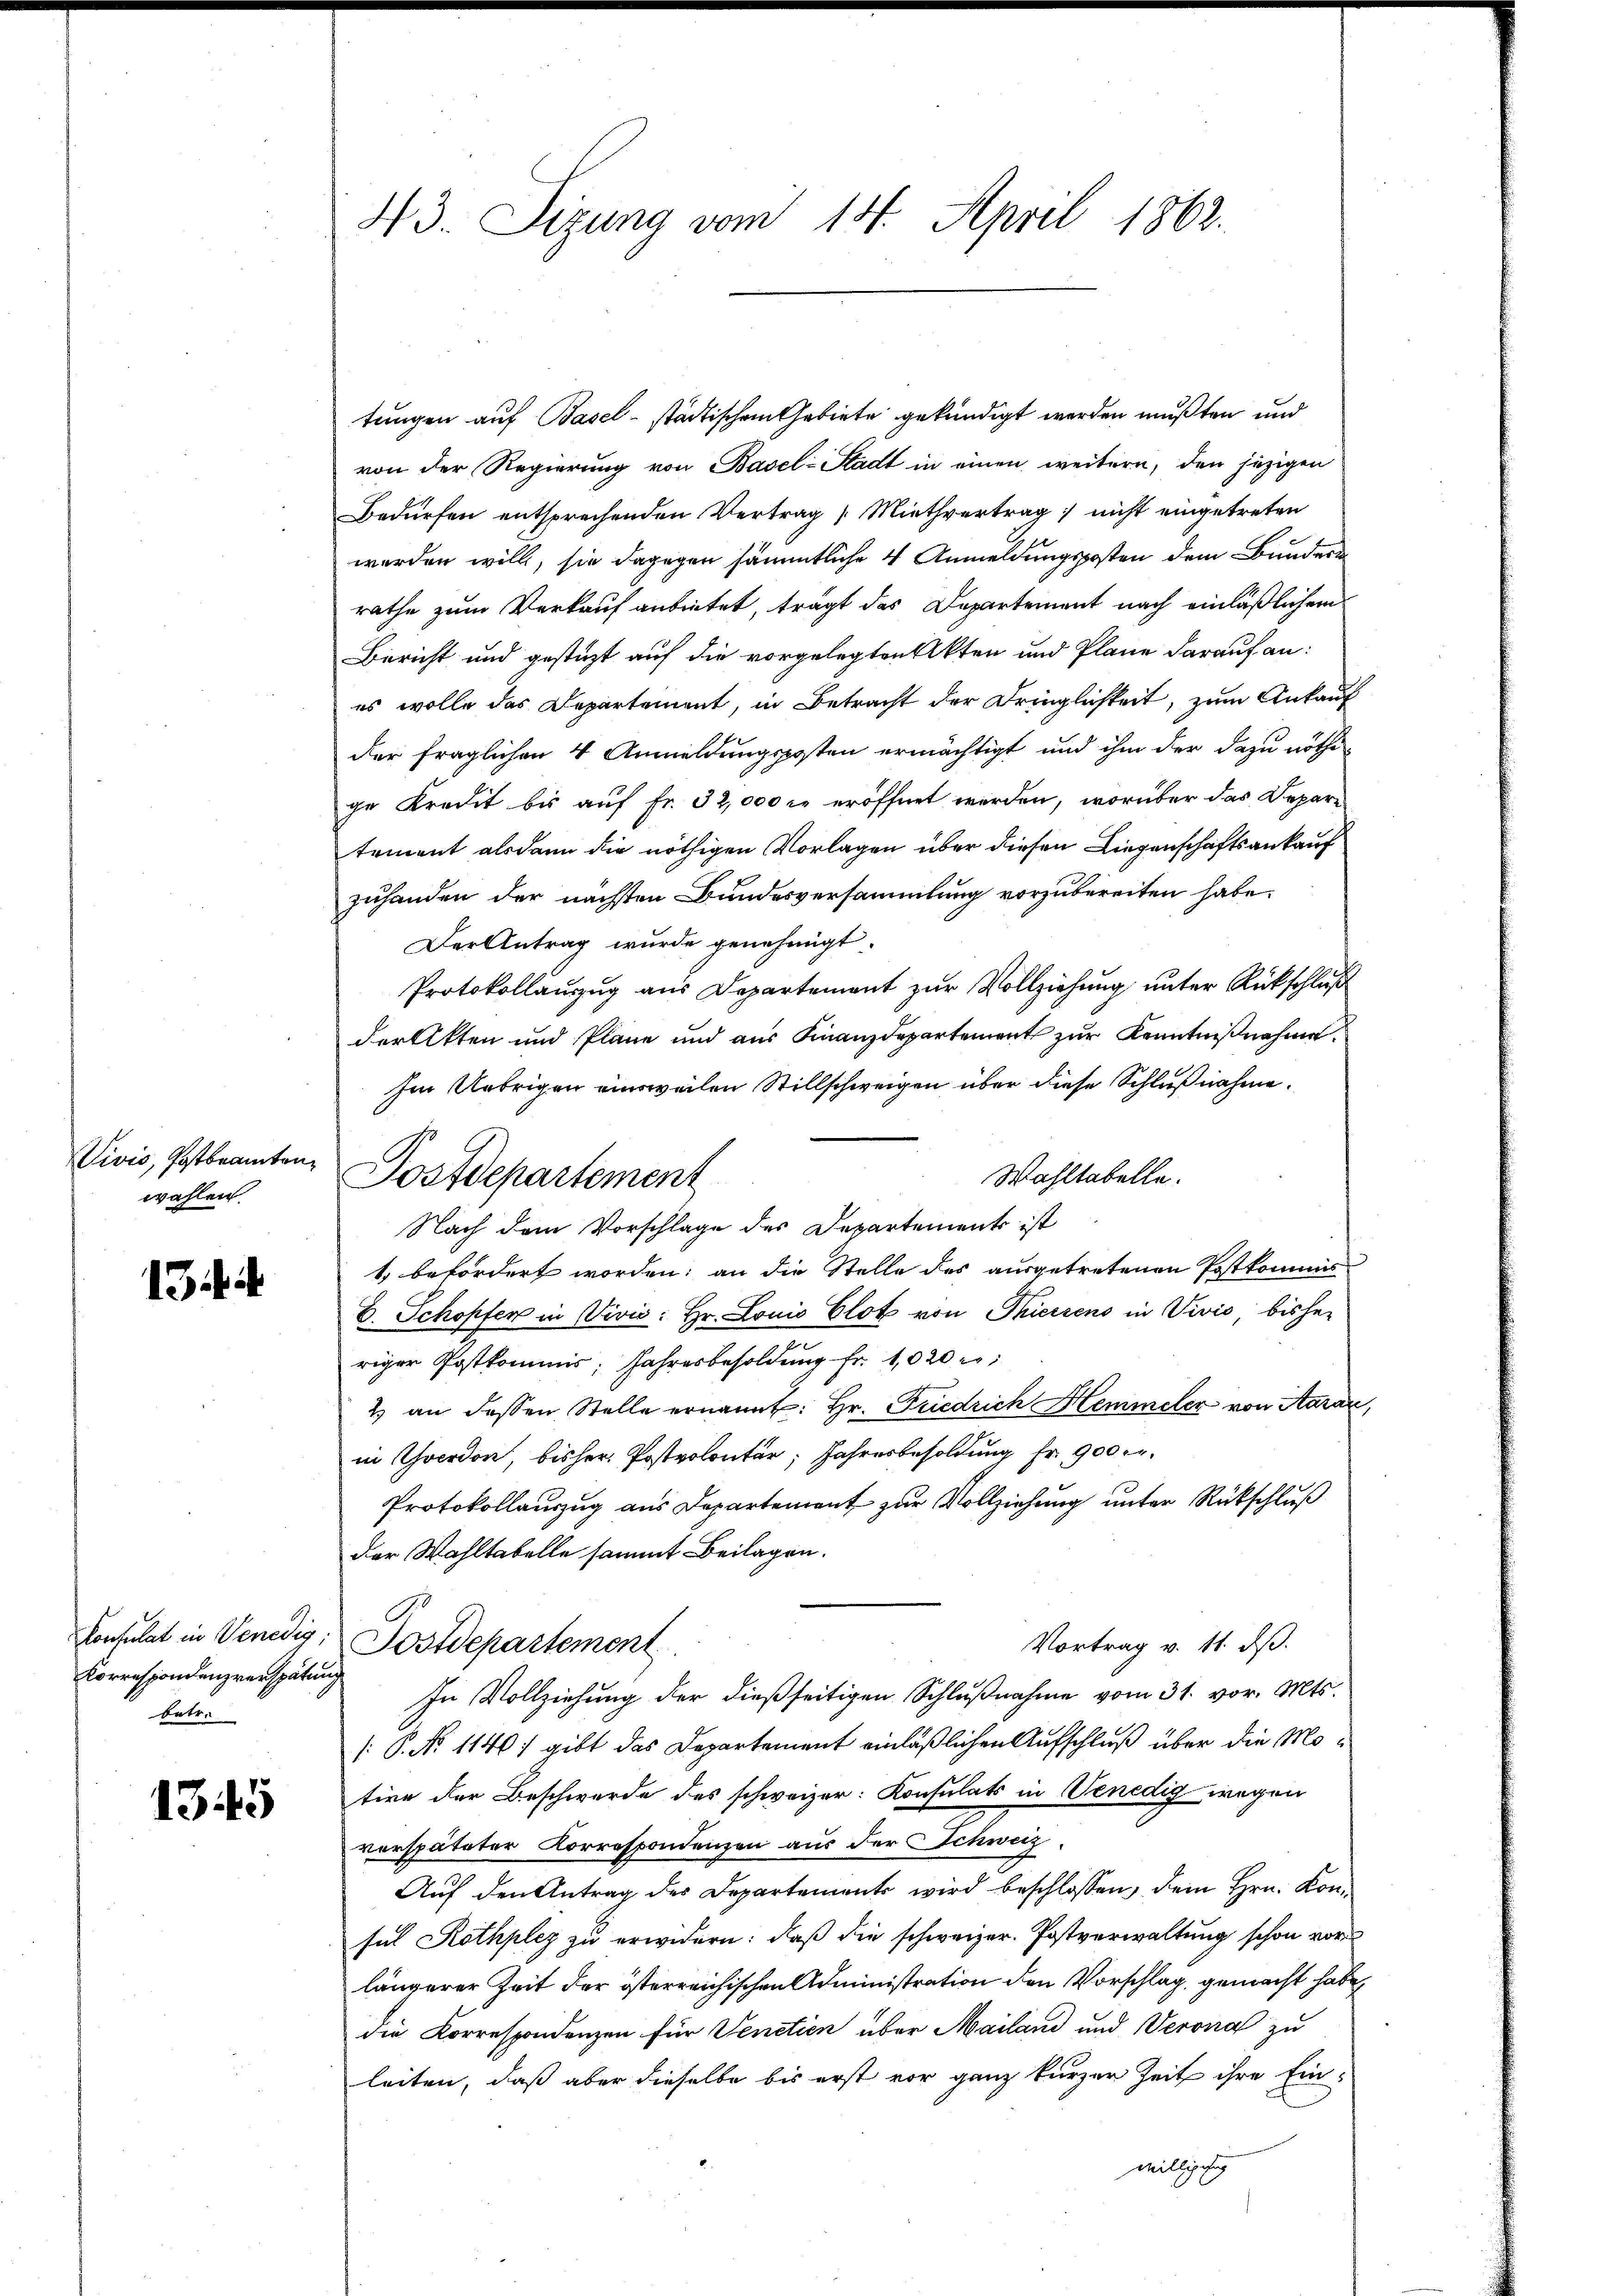
Vivis, Postbeamten
wahlen.

13

Korrespondenzverspätung
betre

1345

tungen auf Basel städtischen Gebiete gekündigt werden mußten und
von der Regierung von Basel-Stadt in einen weitern, den jezigen
Bedürfen entsprechenden Vertrag Miethvertrag nicht eingetreten
werden will, sie dagegen sämmtliche 4 Anmeldungsposten dem Bundern
rathe zum Verkauf anbietet, trägt das Departement nach einläßlichem
Bericht und gestüzt auf die vorgelegten Akten und Plane darauf an:
es wolle das Departement, in Betracht der Dringlichkeit, zum Ankauf
der fraglichen 4 Anmeldungsposten ermächtigt und ihm der dazu nöthi-
ge Kredit bis auf Fr. 32,000 l. eröffnet werden, worüber das Depare
tement alsdann die nöthigen Vorlagen über diesen Liegenschaftsankauf
zuhanden der nächsten Bundesversammlung vorzubereiten habe.
Der Antrag wurde genehmigt.
Protokollauszug aus Departement zur Vollziehung unter Rückschluß
derlitten und Pläne und aus Finanzdepartement zur Kenntnißnahme.
Im Uebrigen einsweilen Stillschweigen über diese Schlußnahme.
Wahltabelle.
Nach dem Vorschlage des Departements ist
t befördert worden; an die Stelle des ausgetretenen Postkommis
E. Schopfer in Vivić: Hr. Louis Elot von Thiersens in Vivio, bisher
riger Postkommis Jahresbesoldung fr. 1020 re
2 an dessen Stelle ernannt: Hr. Fiedrich Hemmeler von Aarau,
in Yverdon, bisher Postvolontär, Jahresbesoldung Fr. 900 Fr.
Protokollauszug aus Departement zur Vollziehung unter Rückschluß
der Wahltabelle sammt Beilagen.
Bonsulat in Venedig, Postdepartement
Vortrag v. 11. ds.
In Vollziehung der dießseitigen Schlußnahme vom 31. vor. Mts.
[: P. No 1140) gibt das Departement einläßlichen Aufschluß über die Motire der Beschwerde des schweizer: Konsulats in Venedig wegen
verspäteter Korrespondenzen aus der Schweiz
Auf den Antrag des Departement wird beschlossen, dem Hrn. Konsuch Rothplez zu erwidern: daß die schweizer. Postverwaltung schon vor
längerer Zeit der österreichischen Administration den Vorschlag gemacht habe,
die Korrespondenzen für Venetien über Mailand und Verona zu
leiten, daß aber dieselbe bis erst vor ganz kurzer Zeit ihre Ein-
willigung

43. Sizung vom 14. April 1862.

Postdepartement